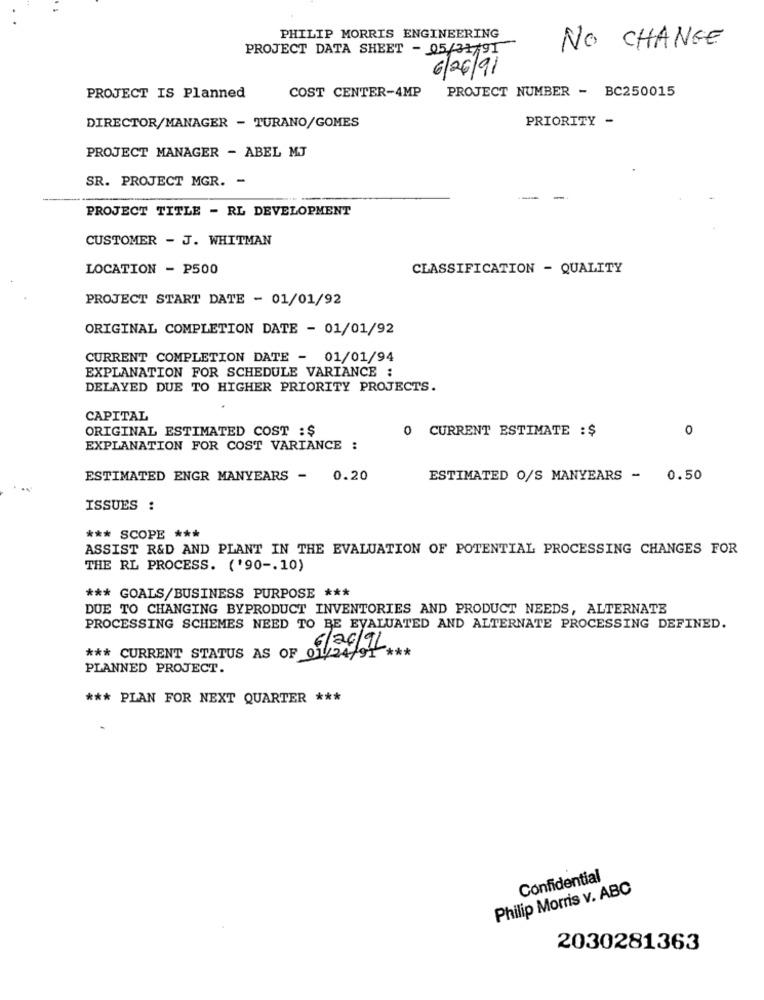
PHILIP MORRIS ENGINEERING
PROJECT DATA SHEET - 05/31/91
NO CHANGE
6/26/91
COST CENTER-4MP
PROJECT NUMBER - BC250015
PROJECT IS Planned
PRIORITY -
DIRECTOR/MANAGER - TURANO/GOMES
PROJECT MANAGER - ABEL MJ
SR. PROJECT MGR. -
PROJECT TITLE - RL DEVELOPMENT
CUSTOMER - J. WHITMAN
LOCATION - P500
CLASSIFICATION - QUALITY
PROJECT START DATE - 01/01/92
ORIGINAL COMPLETION DATE - 01/01/92
CURRENT COMPLETION DATE - 01/01/94
EXPLANATION FOR SCHEDULE VARIANCE :
DELAYED DUE TO HIGHER PRIORITY PROJECTS.
CAPITAL
ORIGINAL ESTIMATED COST :$
0 CURRENT ESTIMATE : $
0
EXPLANATION FOR COST VARIANCE :
ESTIMATED ENGR MANYEARS - 0.20
ESTIMATED O/S MANYEARS - 0.50
ISSUES :
*** SCOPE ***
ASSIST R&D AND PLANT IN THE EVALUATION OF POTENTIAL PROCESSING CHANGES FOR
THE RL PROCESS. ('90 -. 10)
*** GOALS/BUSINESS PURPOSE ***
DUE TO CHANGING BYPRODUCT INVENTORIES AND PRODUCT NEEDS, ALTERNATE
PROCESSING SCHEMES NEED TO BE EVALUATED AND ALTERNATE PROCESSING DEFINED.
*** CURRENT STATUS AS OF
01/30/7
PLANNED PROJECT.
*** PLAN FOR NEXT QUARTER ***
Confidential
Philip Morris v. ABC
2030281363